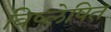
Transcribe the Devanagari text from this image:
विष्लेषित